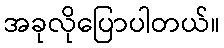
အခုလိုပြောပါတယ်။